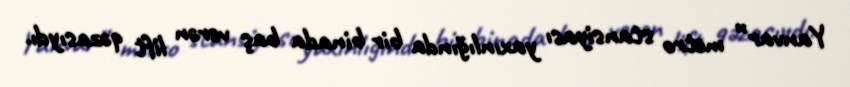
Yanvar” metro stansiyası yaxınlığında bir binada baş verən lift qəzasıydı.